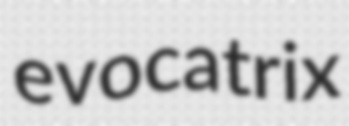
evocatrix